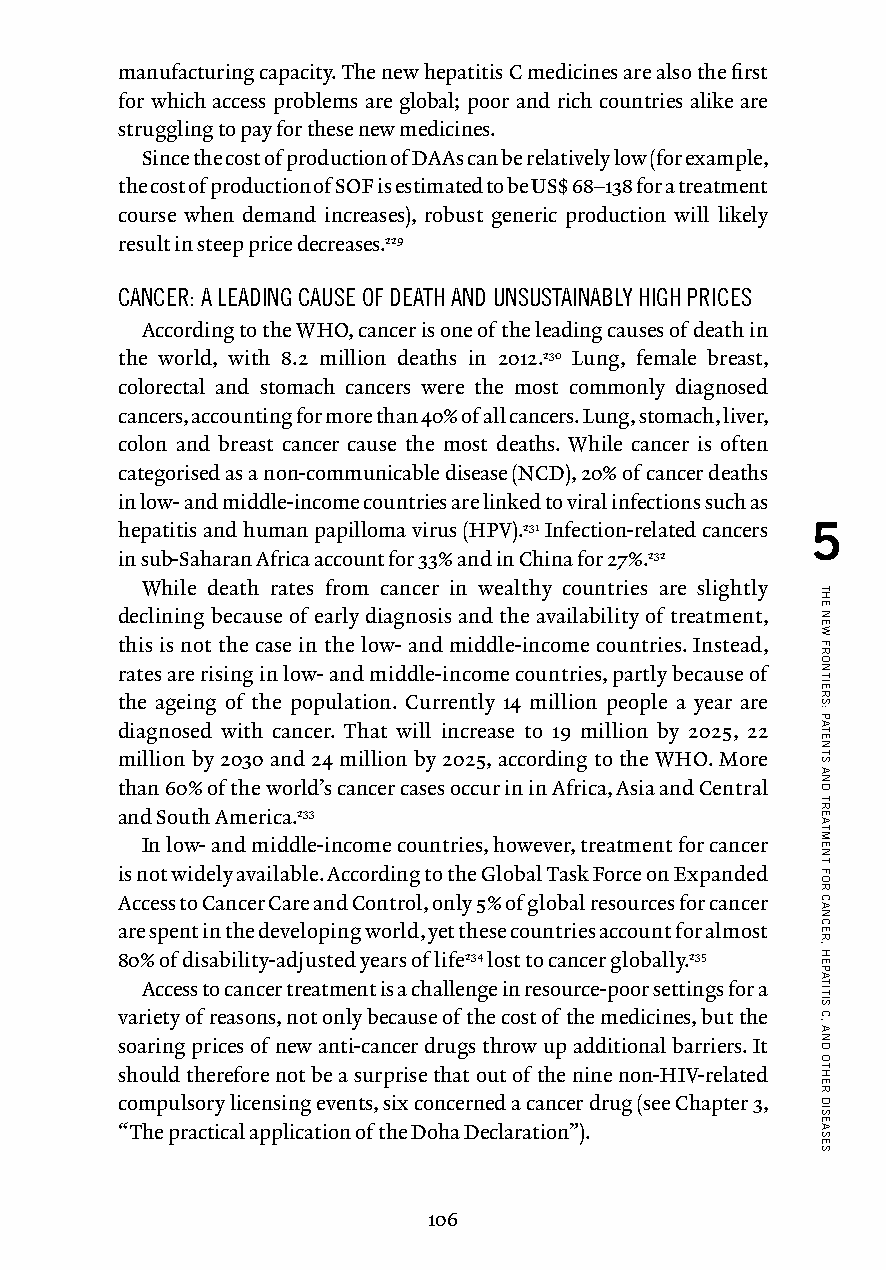
manufacturing capacity. The new hepatitis C medicines are also the first
 for which access problems are global; poor and rich countries alike are
 struggling to pay for these new medicines.
 Since the cost of production of DAAs can be relatively low (for example,
 the cost of production of SOF is estimated to be US$ 68–138 for a treatment
 course when demand increases), robust generic production will likely
 result in steep price decreases.229
 CANCER: A LEADING CAUSE OF DEATH AND UNSUSTAINABLY HIGH PRICES
 According to the WHO, cancer is one of the leading causes of death in
 the world, with 8.2 million deaths in 2012.230 Lung, female breast,
 colorectal and stomach cancers were the most commonly diagnosed
 cancers, accounting for more than 40% of all cancers. Lung, stomach, liver,
 colon and breast cancer cause the most deaths. While cancer is often
 categorised as a non-communicable disease (NCD), 20% of cancer deaths
 in low- and middle-income countries are linked to viral infections such as
 hepatitis and human papilloma virus (HPV).231 Infection-related cancers 5
 in sub-Saharan Africa account for 33% and in China for 27%.232
 While death rates from cancer in wealthy countries are slightly
 declining because of early diagnosis and the availability of treatment,
 this is not the case in the low- and middle-income countries. Instead,
 rates are rising in low- and middle-income countries, partly because of
 the ageing of the population. Currently 14 million people a year are
 diagnosed with cancer. That will increase to 19 million by 2025, 22
 million by 2030 and 24 million by 2025, according to the WHO. More
 than 60% of the world’s cancer cases occur in in Africa, Asia and Central
 and South America.233
 In low- and middle-income countries, however, treatment for cancer
 is not widely available. According to the Global Task Force on Expanded
 Access to Cancer Care and Control, only 5% of global resources for cancer
 are spent in the developing world, yet these countries account for almost
 80% of disability-adjusted years of life234 lost to cancer globally.235
 Access to cancer treatment is a challenge in resource-poor settings for a
 variety of reasons, not only because of the cost of the medicines, but the
 soaring prices of new anti-cancer drugs throw up additional barriers. It
 should therefore not be a surprise that out of the nine non-HIV-related
 compulsory licensing events, six concerned a cancer drug (see Chapter 3,
 “The practical application of the Doha Declaration”).
 106
 THE
 NEW
 FRONTIERS:
 PATENTS
 AND
 TREATMENT
 FOR
 CANCER,
 HEPATITIS
 C,
 AND
 OTHER
 DISEASES